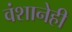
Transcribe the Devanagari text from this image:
वंशानेही